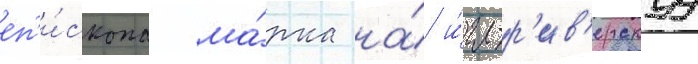
еп'и́скопа ма́рка на́ и́гл-р'ив'ерскуу